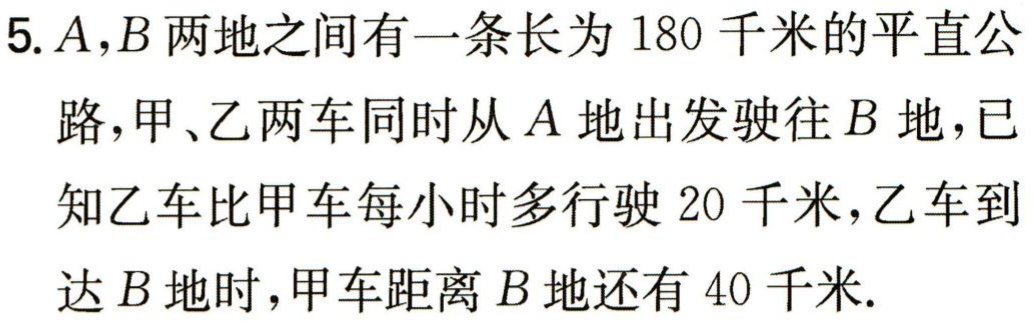
5. \(A,B\)两地之间有一条长为 \(180\)千米的平直公路，甲、乙两车同时从 \(A\)地出发驶往 \(B\) 地，已知乙车比甲车每小时多行驶 \(20\)千米，乙车到达 \(B\)地时，甲车距离 \(B\)地还有 \(40\)千米.